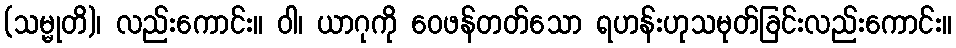
(သမ္မုတိ)၊ လည်းကောင်း။ ဝါ၊ ယာဂုကို ဝေဖန်တတ်သော ရဟန်းဟုသမုတ်ခြင်းလည်းကောင်း။